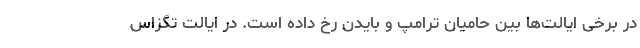
در برخی ایالت‌ها بین حامیان ترامپ و بایدن رخ داده است. در ایالت تگزاس